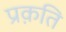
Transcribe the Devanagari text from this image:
प्रक़ति